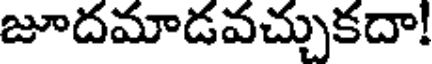
జూదమాడవచ్చుకదా!